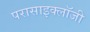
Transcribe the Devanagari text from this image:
परासाइक्लॉजी